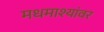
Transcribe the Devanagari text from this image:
मधमाश्यांवर